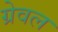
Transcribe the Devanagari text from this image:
ग्रेवल